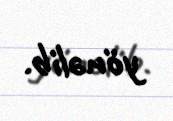
yönəlib.